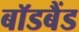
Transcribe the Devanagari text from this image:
बॉडबैंड